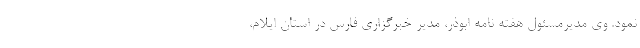
نمود. وی مدیرمسئول هفته نامه ابوذر، مدیر خبرگزاری فارس در استان ایلام،